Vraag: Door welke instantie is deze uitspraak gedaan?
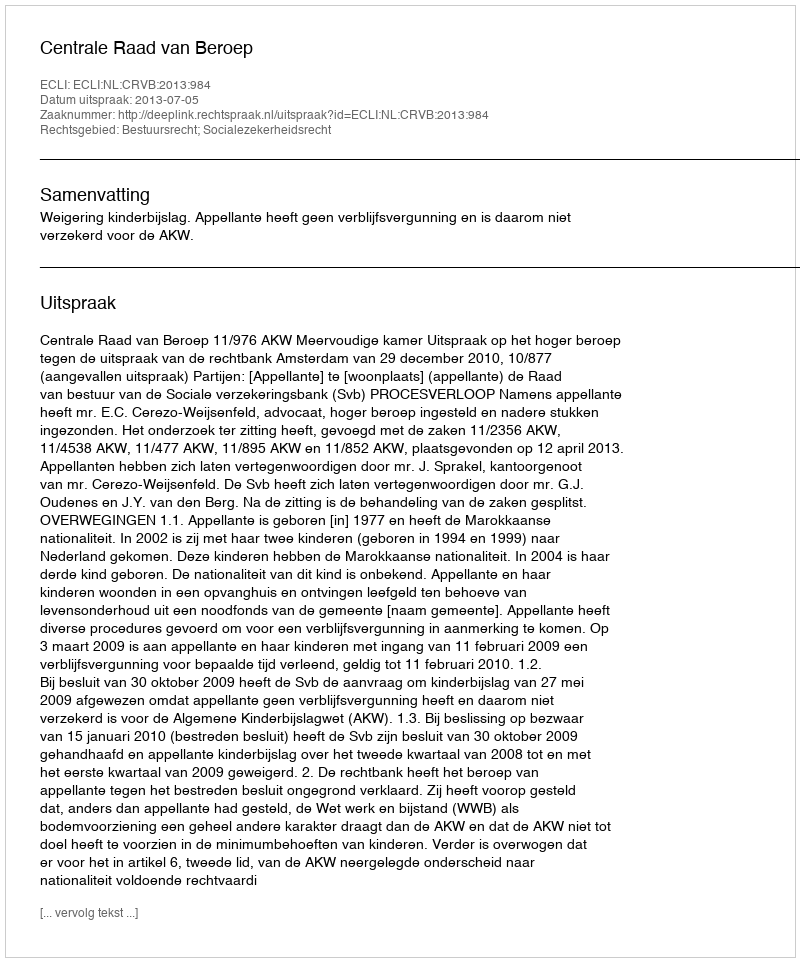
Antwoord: Centrale Raad van Beroep